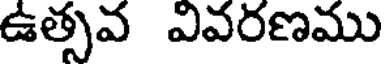
ఉత్సవ వివరణము